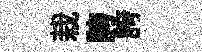
栽誇誇